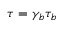
\tau = \gamma _ { b } \tau _ { b }